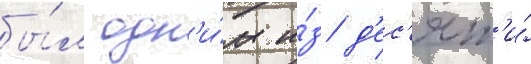
бы́л одн'и́м и́з д'ес'ят'и́